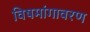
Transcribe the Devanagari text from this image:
विषमांगावरण